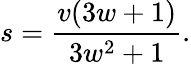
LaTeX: s=\frac{v(3w+1)}{3w^{2}+1}.